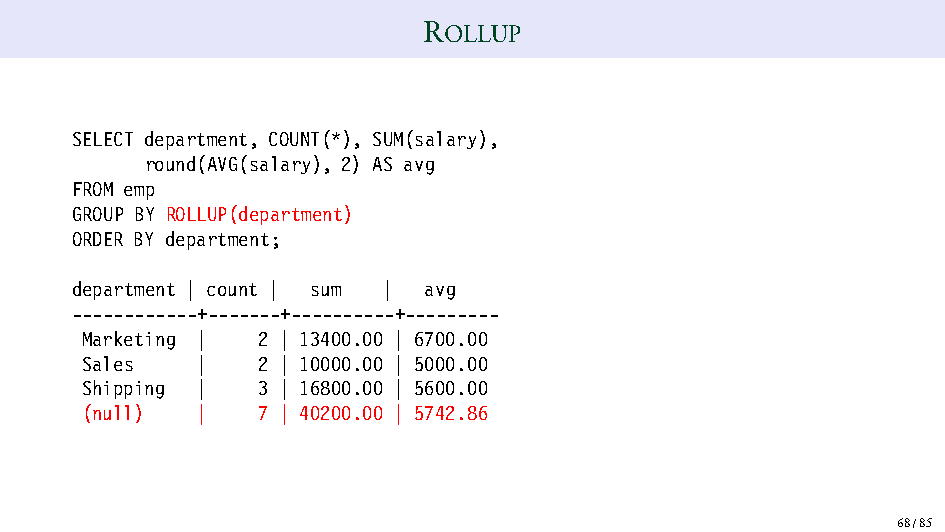
ROLLUP
 SELECT department, COUNT(*), SUM(salary),
 round(AVG(salary), 2) AS avg
 FROM emp
 GROUP BY ROLLUP(department)
 ORDER BY department;
 department | count | sum | avg
 ------------+-------+----------+---------
 Marketing | 2 | 13400.00 | 6700.00
 Sales   |   2 | 10000.00 | 5000.00
 Shipping |  3 | 16800.00 | 5600.00
 (null)  |   7 | 40200.00 | 5742.86
 68/85